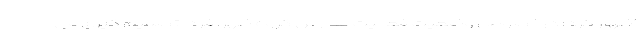
اظهار کرد: درخصوص وضعیت فعالیت مدارس گروه ظهر، فردا تصمیم گیری می